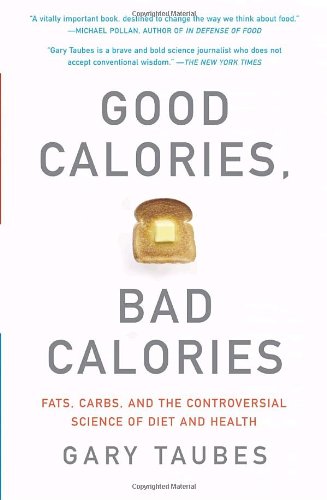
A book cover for Good Calories, Bad Calories: Fats, Carbs, and the Controversial Science of Diet and Health; Gary Taubes; Cookbooks, Food & Wine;